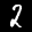
Label: 2